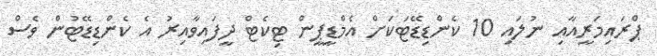
ޕްރައިމަރީއާއި ނުލައި 10 ކެންޑިޑޭޓަކަށް އެމްޑީޕީން ޓިކެޓް ދީފައިވާއިރު އެ ކެންޑިޑޭޓުން ވެސް